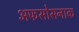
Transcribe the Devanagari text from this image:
अफसोसनाक